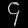
Digit: ၄